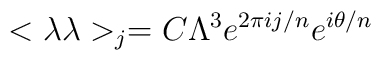
<\lambda \lambda>_j = C \Lambda^3 e^{2 \pi ij/n} e^{i \theta/n}